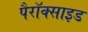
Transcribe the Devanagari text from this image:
पैरॉक्साइड